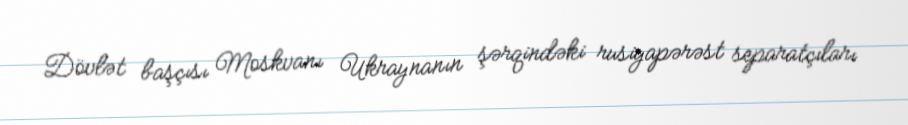
Dövlət başçısı Moskvanı Ukraynanın şərqindəki rusiyapərəst separatçıları